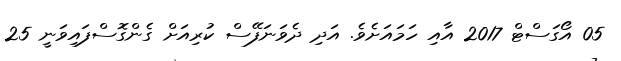
05 އޯގަސްޓް 2017 އާއި ހަމައަށެވެ. އަދި ދެވަނަފޭސް ކުރިއަށް ގެންގޮސްފައިވަނީ 25